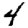
Digit: 4